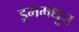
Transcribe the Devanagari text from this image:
ड्रममधून